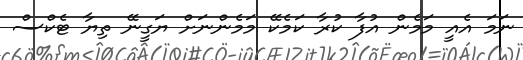
ނަމަ އެއީ މަމެން އުފާ ކުރާ ކަމެކޭ މަމެންނަށް ޔަގީނޭ ތިޔާ ޓެކްސް